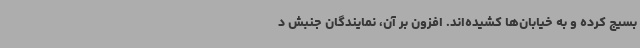
بسیج کرده و به خیابان‌ها کشیده‌اند. افزون بر آن، نمایندگان جنبش د